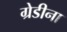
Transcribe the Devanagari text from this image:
ग्रेडीना